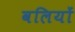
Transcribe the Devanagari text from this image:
वलियों